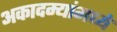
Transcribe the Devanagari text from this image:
अकादम्यांमध्ये